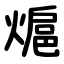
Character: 熩